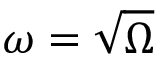
\omega = \sqrt { \Omega }